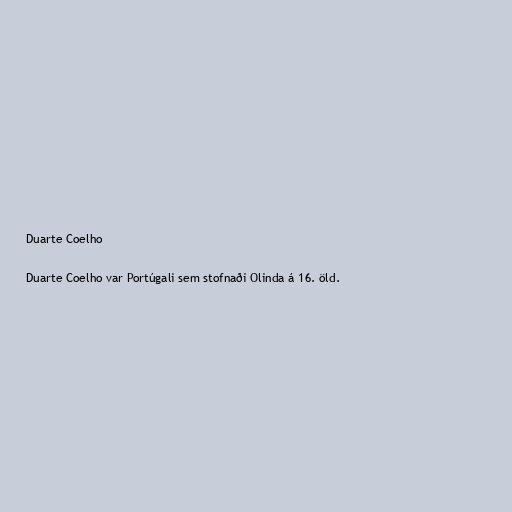
Duarte Coelho

Duarte Coelho var Portúgali sem stofnaði Olinda á 16. öld.